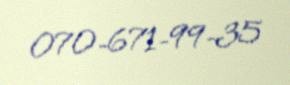
070-671-99-35